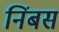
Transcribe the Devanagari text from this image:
निंबस